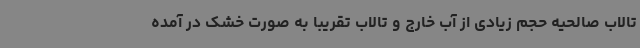
تالاب صالحیه حجم زیادی از آب خارج و تالاب تقریباً به صورت خشک در آمده